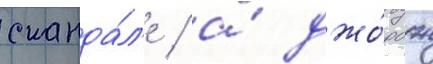
сканда́л'е / а́ джо́рдж